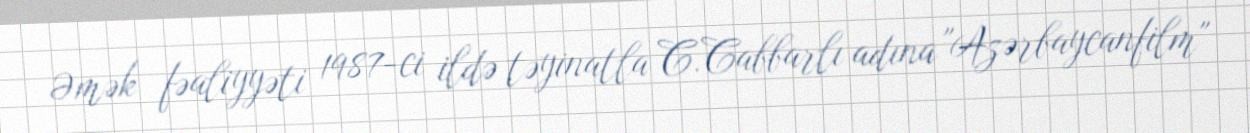
Əmək fəaliyyəti 1987-ci ildə təyinatla C.Cabbarlı adına "Azərbaycanfilm"